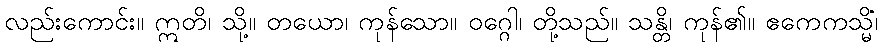
လည်းကောင်း။ ဣတိ၊ သို့။ တယော၊ ကုန်သော။ ဝဂ္ဂေါ၊ တို့သည်။ သန္တိ၊ ကုန်၏။ ဧကေကသ္မိံ၊